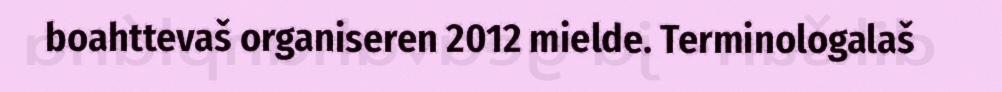
boahttevaš organiseren 2012 mielde. Terminologalaš